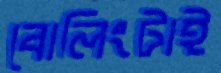
বোলিংটাই